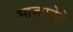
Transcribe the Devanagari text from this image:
भाजपनेते